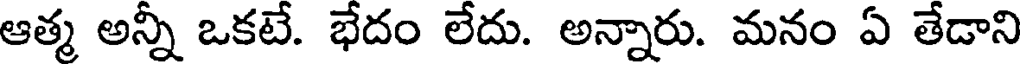
ఆత్మ అన్నీ ఒకటే. భేదం లేదు. అన్నారు. మనం ఏ తేడాని